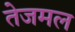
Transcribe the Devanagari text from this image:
तेजमल